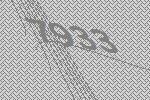
7933